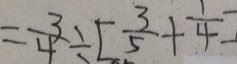
= \frac { 3 } { 4 } \div [ \frac { 3 } { 5 } + \frac { 1 } { 4 } ]